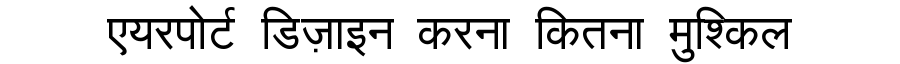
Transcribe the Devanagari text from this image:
एयरपोर्ट डिज़ाइन करना कितना मुश्किल